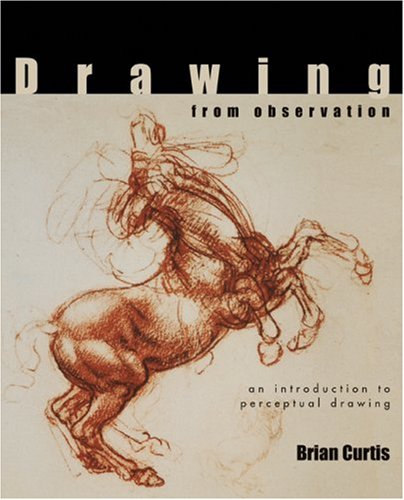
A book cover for Drawing from Observation: An Introduction to Perceptual Drawing; Brian Curtis; Engineering & Transportation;